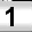
Digit: 1